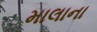
માલાના